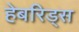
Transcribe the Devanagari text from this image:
हेबरिड्स